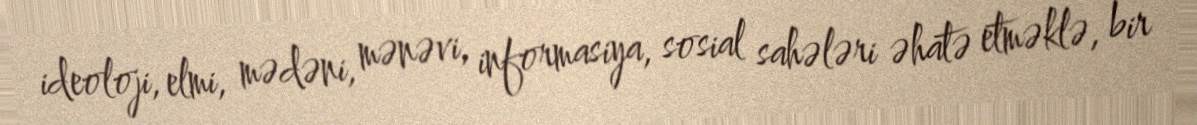
ideoloji, elmi, mədəni, mənəvi, informasiya, sosial sahələri əhatə etməklə, bir